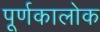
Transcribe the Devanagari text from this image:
पूर्णकालोक